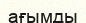
ағымды